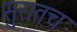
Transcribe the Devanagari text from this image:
सुरातच